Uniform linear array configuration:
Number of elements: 64
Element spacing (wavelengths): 1
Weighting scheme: uniform
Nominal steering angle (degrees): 0
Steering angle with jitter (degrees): -0.1813
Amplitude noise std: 0.05
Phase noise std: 0.05

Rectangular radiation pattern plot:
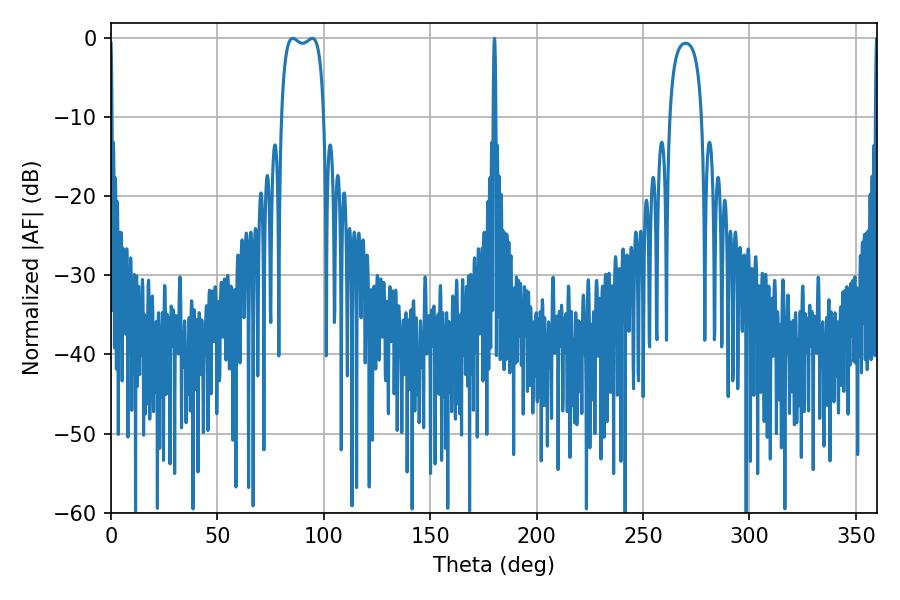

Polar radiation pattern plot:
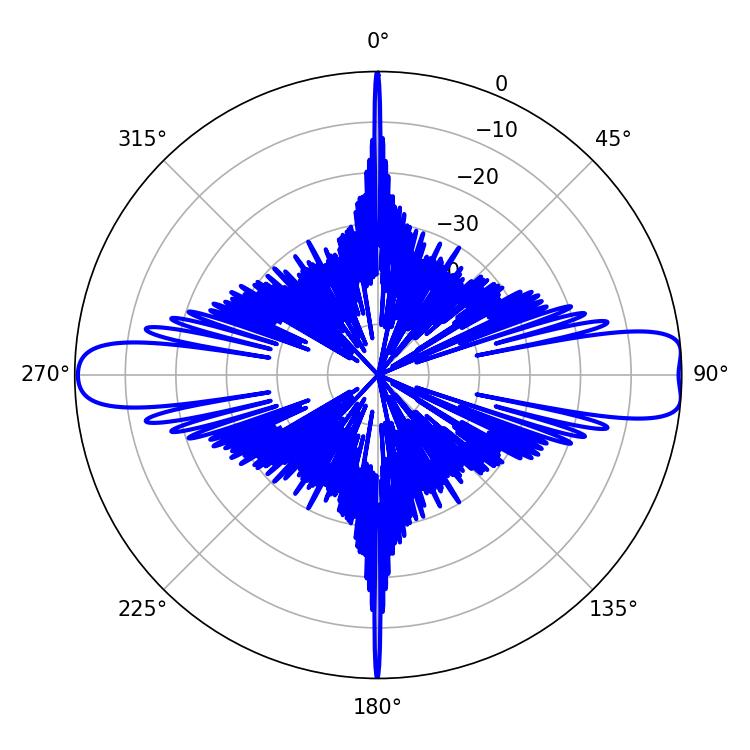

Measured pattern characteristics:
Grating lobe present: TRUE
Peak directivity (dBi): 12.432
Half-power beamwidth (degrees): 16.2
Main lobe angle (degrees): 85.32